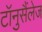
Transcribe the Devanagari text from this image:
टॉनुसैंलेज